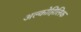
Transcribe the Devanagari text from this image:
अल्कोहिलिक